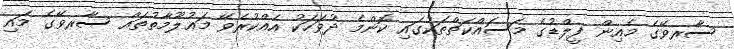
ސާރވޭގެ މެއިން ފީލްޑުގެ މަސައްކަތްތަކުގައި ކޮންމެ ދުވަހަކު އެއްކުރެވޭ މަޢުލޫމާތުތައް ސާރވޭގެ މައި